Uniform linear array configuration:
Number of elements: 64
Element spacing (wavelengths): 0.5
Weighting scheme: exponential
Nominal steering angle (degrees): -60
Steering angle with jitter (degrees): -58.22
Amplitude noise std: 0.05
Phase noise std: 0.05

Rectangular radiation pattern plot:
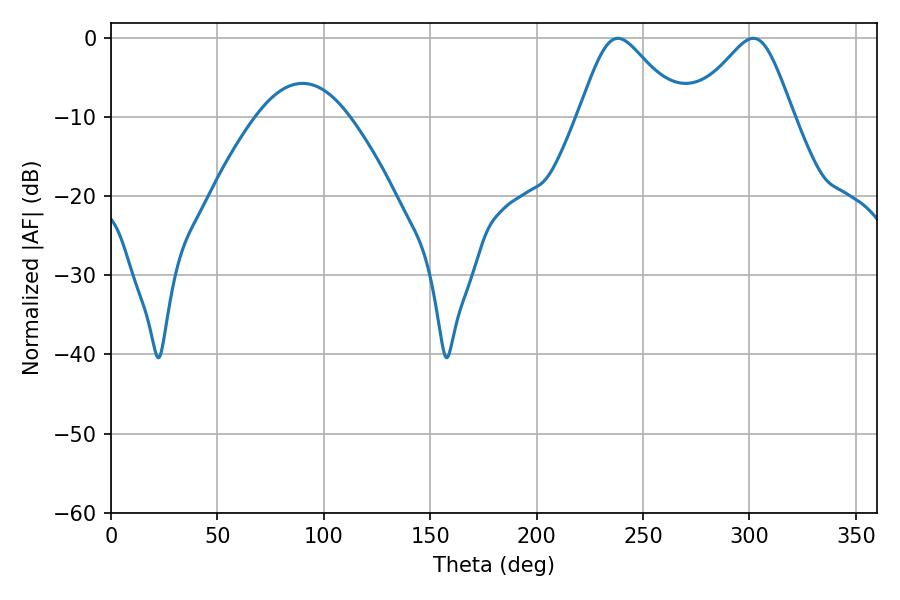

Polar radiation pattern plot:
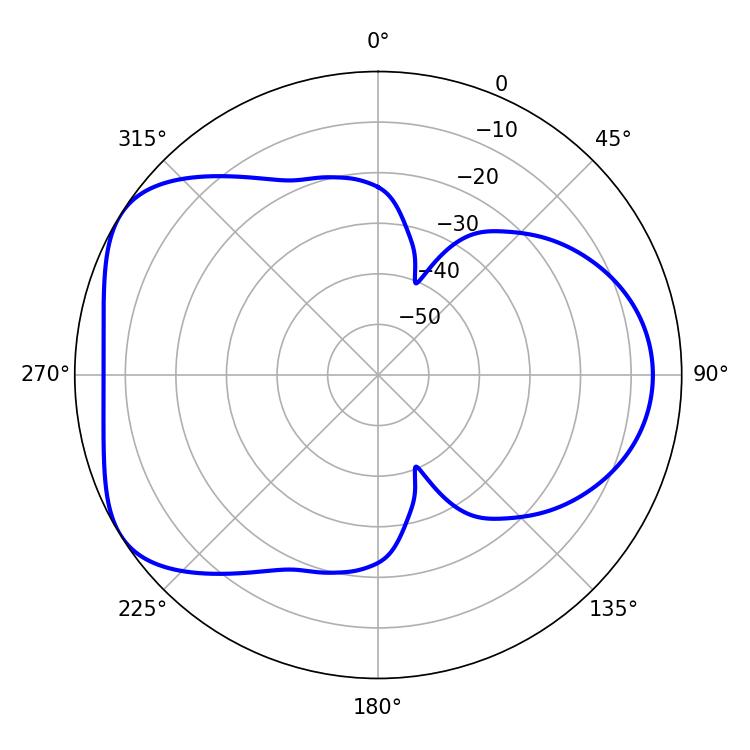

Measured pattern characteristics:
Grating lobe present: FALSE
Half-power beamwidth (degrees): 23.22
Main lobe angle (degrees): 238.14